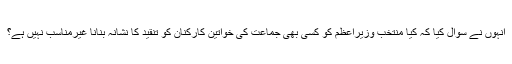
انہوں نے سوال کیا کہ کیا منتخب وزیراعظم کو کسی بھی جماعت کی خواتین کارکنان کو تنقید کا نشانہ بنانا غیرمناسب نہیں ہے؟